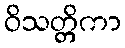
ဝိသတ္တိကာ